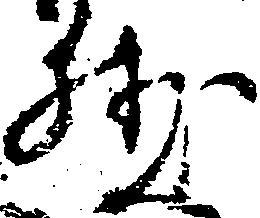
然